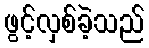
ဖွင့်လှစ်ခဲ့သည်